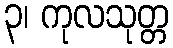
၃၊ ကုလသုတ္တ